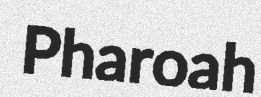
Pharoah